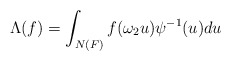
\begin{align*}\Lambda(f)=\int_{N(F)} f(\omega_2u)\psi^{-1}(u)du\end{align*}